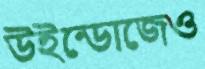
উইন্ডোজেও